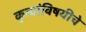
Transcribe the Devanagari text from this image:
कृत्यांविषयीचे